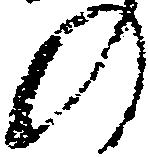
の